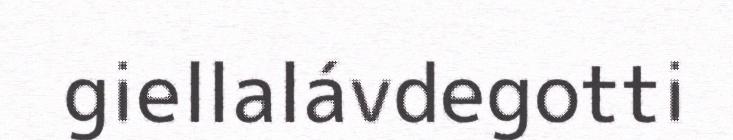
giellalávdegotti